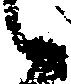
候